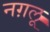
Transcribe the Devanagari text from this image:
नग़लू